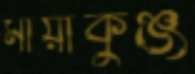
মায়াকুঞ্জ